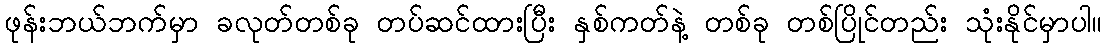
ဖုန်းဘယ်ဘက်မှာ ခလုတ်တစ်ခု တပ်ဆင်ထားပြီး နှစ်ကတ်နဲ့ တစ်ခု တစ်ပြိုင်တည်း သုံးနိုင်မှာပါ။